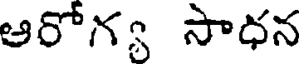
ఆరోగ్య సాధన